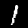
Label: 1